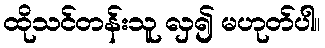
ထိုသင်တန်းသူ လှ၍ မဟုတ်ပါ။